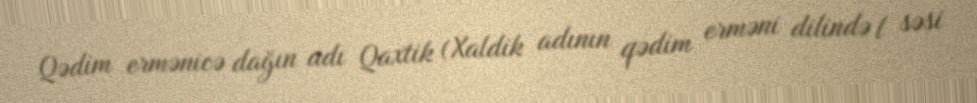
Qədim ermənicə dağın adı Qaxtik (Xaldik adının qədim erməni dilində l səsi